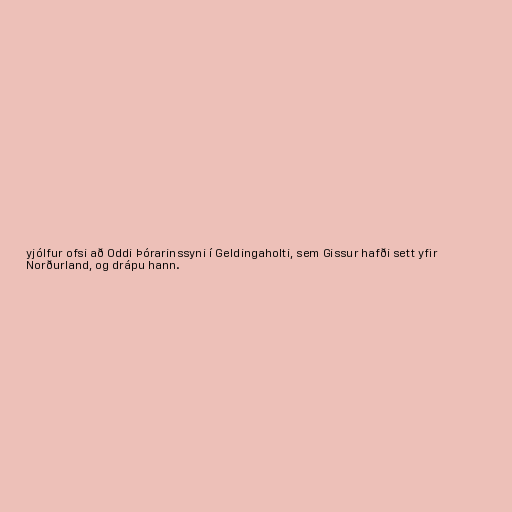
yjólfur ofsi að Oddi Þórarinssyni í Geldingaholti, sem Gissur hafði sett yfir
Norðurland, og drápu hann.